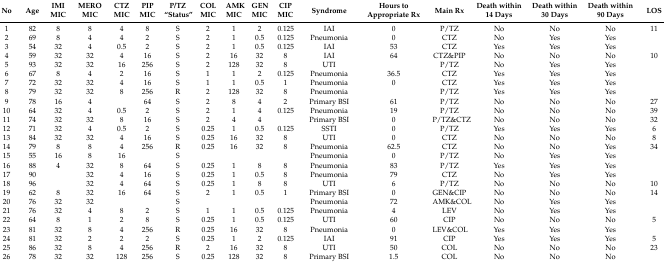
<table><thead><tr><td><b>No</b></td><td><b>Age</b></td><td><b>IMI MIC</b></td><td><b>MERO MIC</b></td><td><b>CTZ MIC</b></td><td><b>PIP MIC</b></td><td><b>P/TZ “Status”</b></td><td><b>COL MIC</b></td><td><b>AMK MIC</b></td><td><b>GEN MIC</b></td><td><b>CIP MIC</b></td><td><b>Syndrome</b></td><td><b>Hours to Appropriate Rx</b></td><td><b>Main Rx</b></td><td><b>Death within 14 Days</b></td><td><b>Death within 30 Days</b></td><td><b>Death within 90 Days</b></td><td><b>LOS</b></td></tr></thead><tbody><tr><td>1</td><td>82</td><td>8</td><td>8</td><td>4</td><td>8</td><td>S</td><td>2</td><td>1</td><td>2</td><td>0.125</td><td>IAI</td><td>0</td><td>P/TZ</td><td>No</td><td>No</td><td>No</td><td>11</td></tr><tr><td>2</td><td>69</td><td>8</td><td>4</td><td>4</td><td>2</td><td>S</td><td>2</td><td>1</td><td>0.5</td><td>0.125</td><td>Pneumonia</td><td>0</td><td>CTZ</td><td>No</td><td>Yes</td><td>Yes</td><td></td></tr><tr><td>3</td><td>54</td><td>32</td><td>4</td><td>0.5</td><td>2</td><td>S</td><td>2</td><td>1</td><td>0.5</td><td>0.125</td><td>IAI</td><td>53</td><td>CTZ</td><td>Yes</td><td>Yes</td><td>Yes</td><td></td></tr><tr><td>4</td><td>59</td><td>32</td><td>32</td><td>4</td><td>16</td><td>S</td><td>2</td><td>16</td><td>32</td><td>8</td><td>IAI</td><td>64</td><td>CTZ&amp;PIP</td><td>No</td><td>No</td><td>No</td><td>10</td></tr><tr><td>5</td><td>93</td><td>32</td><td>32</td><td>16</td><td>256</td><td>S</td><td>2</td><td>128</td><td>32</td><td>8</td><td>UTI</td><td></td><td>P/TZ</td><td>No</td><td>Yes</td><td>Yes</td><td></td></tr><tr><td>6</td><td>67</td><td>8</td><td>4</td><td>2</td><td>16</td><td>S</td><td>1</td><td>1</td><td>2</td><td>0.125</td><td>Pneumonia</td><td>36.5</td><td>CTZ</td><td>Yes</td><td>Yes</td><td>Yes</td><td></td></tr><tr><td>7</td><td>72</td><td>32</td><td>32</td><td>4</td><td>16</td><td>S</td><td>1</td><td>1</td><td>0.5</td><td>1</td><td>Pneumonia</td><td>0</td><td>CTZ</td><td>Yes</td><td>Yes</td><td>Yes</td><td></td></tr><tr><td>8</td><td>79</td><td>32</td><td>32</td><td>8</td><td>256</td><td>R</td><td>2</td><td>128</td><td>32</td><td>8</td><td>Pneumonia</td><td></td><td>P/TZ</td><td>Yes</td><td>Yes</td><td>Yes</td><td></td></tr><tr><td>9</td><td>78</td><td>16</td><td>4</td><td></td><td>64</td><td>S</td><td>2</td><td>8</td><td>4</td><td>2</td><td>Primary BSI</td><td>61</td><td>P/TZ</td><td>No</td><td>No</td><td>No</td><td>27</td></tr><tr><td>10</td><td>64</td><td>32</td><td>4</td><td>0.5</td><td>2</td><td>S</td><td>2</td><td>1</td><td>4</td><td>0.125</td><td>Pneumonia</td><td>19</td><td>P/TZ</td><td>No</td><td>No</td><td>No</td><td>39</td></tr><tr><td>11</td><td>74</td><td>32</td><td>32</td><td>8</td><td>16</td><td>S</td><td>2</td><td>4</td><td>4</td><td></td><td>Primary BSI</td><td>0</td><td>P/TZ&amp;CTZ</td><td>No</td><td>No</td><td>No</td><td>32</td></tr><tr><td>12</td><td>71</td><td>32</td><td>4</td><td>0.5</td><td>2</td><td>S</td><td>0.25</td><td>1</td><td>0.5</td><td>0.125</td><td>SSTI</td><td>0</td><td>P/TZ</td><td>Yes</td><td>Yes</td><td>Yes</td><td>6</td></tr><tr><td>13</td><td>84</td><td>32</td><td>32</td><td>4</td><td>16</td><td>S</td><td>0.25</td><td>16</td><td>32</td><td>8</td><td>UTI</td><td>0</td><td>CTZ</td><td>No</td><td>No</td><td>No</td><td>8</td></tr><tr><td>14</td><td>79</td><td>8</td><td>8</td><td>4</td><td>256</td><td>R</td><td>0.25</td><td>16</td><td>32</td><td>8</td><td>Pneumonia</td><td>62.5</td><td>CTZ</td><td>No</td><td>No</td><td>Yes</td><td>34</td></tr><tr><td>15</td><td>55</td><td>16</td><td>8</td><td>16</td><td></td><td>S</td><td></td><td></td><td></td><td></td><td>Pneumonia</td><td>0</td><td>P/TZ</td><td>No</td><td>Yes</td><td>Yes</td><td></td></tr><tr><td>16</td><td>88</td><td>4</td><td>32</td><td>8</td><td>64</td><td>S</td><td>0.25</td><td>1</td><td>8</td><td>8</td><td>Pneumonia</td><td>83</td><td>P/TZ</td><td>Yes</td><td>Yes</td><td>Yes</td><td></td></tr><tr><td>17</td><td>90</td><td></td><td>32</td><td>4</td><td>16</td><td>S</td><td>0.25</td><td>1</td><td>0.5</td><td>8</td><td>Pneumonia</td><td>79</td><td>CTZ</td><td>No</td><td>Yes</td><td>Yes</td><td></td></tr><tr><td>18</td><td>96</td><td></td><td>32</td><td>4</td><td>64</td><td>S</td><td>0.25</td><td>1</td><td>8</td><td>8</td><td>UTI</td><td>6</td><td>P/TZ</td><td>No</td><td>No</td><td>No</td><td>10</td></tr><tr><td>19</td><td>62</td><td>8</td><td>32</td><td>16</td><td>64</td><td>S</td><td>2</td><td>1</td><td>0.5</td><td>1</td><td>Primary BSI</td><td>0</td><td>GEN&amp;CIP</td><td>No</td><td>No</td><td>No</td><td>14</td></tr><tr><td>20</td><td>76</td><td>32</td><td>32</td><td></td><td></td><td>S</td><td></td><td></td><td></td><td></td><td>Pneumonia</td><td>72</td><td>AMK&amp;COL</td><td>No</td><td>Yes</td><td>Yes</td><td></td></tr><tr><td>21</td><td>76</td><td>32</td><td>4</td><td>8</td><td>2</td><td>S</td><td>1</td><td>1</td><td>0.5</td><td>0.125</td><td>Pneumonia</td><td>4</td><td>LEV</td><td>No</td><td>Yes</td><td>Yes</td><td></td></tr><tr><td>22</td><td>64</td><td>8</td><td>1</td><td>2</td><td>8</td><td>S</td><td>0.25</td><td>1</td><td>0.5</td><td>0.125</td><td>UTI</td><td>60</td><td>CIP</td><td>No</td><td>No</td><td>No</td><td>5</td></tr><tr><td>23</td><td>81</td><td>32</td><td>8</td><td>4</td><td>256</td><td>R</td><td>0.25</td><td>16</td><td>32</td><td>8</td><td>Pneumonia</td><td>0</td><td>LEV&amp;COL</td><td>Yes</td><td>Yes</td><td>Yes</td><td></td></tr><tr><td>24</td><td>81</td><td>32</td><td>2</td><td>2</td><td>2</td><td>S</td><td>0.25</td><td>1</td><td>2</td><td>0.125</td><td>IAI</td><td>91</td><td>CIP</td><td>Yes</td><td>Yes</td><td>Yes</td><td>5</td></tr><tr><td>25</td><td>86</td><td>32</td><td>8</td><td>4</td><td>256</td><td>R</td><td>2</td><td>16</td><td>32</td><td>8</td><td>UTI</td><td>50</td><td>COL</td><td>No</td><td>No</td><td>No</td><td>23</td></tr><tr><td>26</td><td>78</td><td>32</td><td>32</td><td>128</td><td>256</td><td>S</td><td>0.25</td><td>128</td><td>32</td><td>8</td><td>Primary BSI</td><td>1.5</td><td>COL</td><td>No</td><td>No</td><td>No</td><td></td></tr></tbody></table>